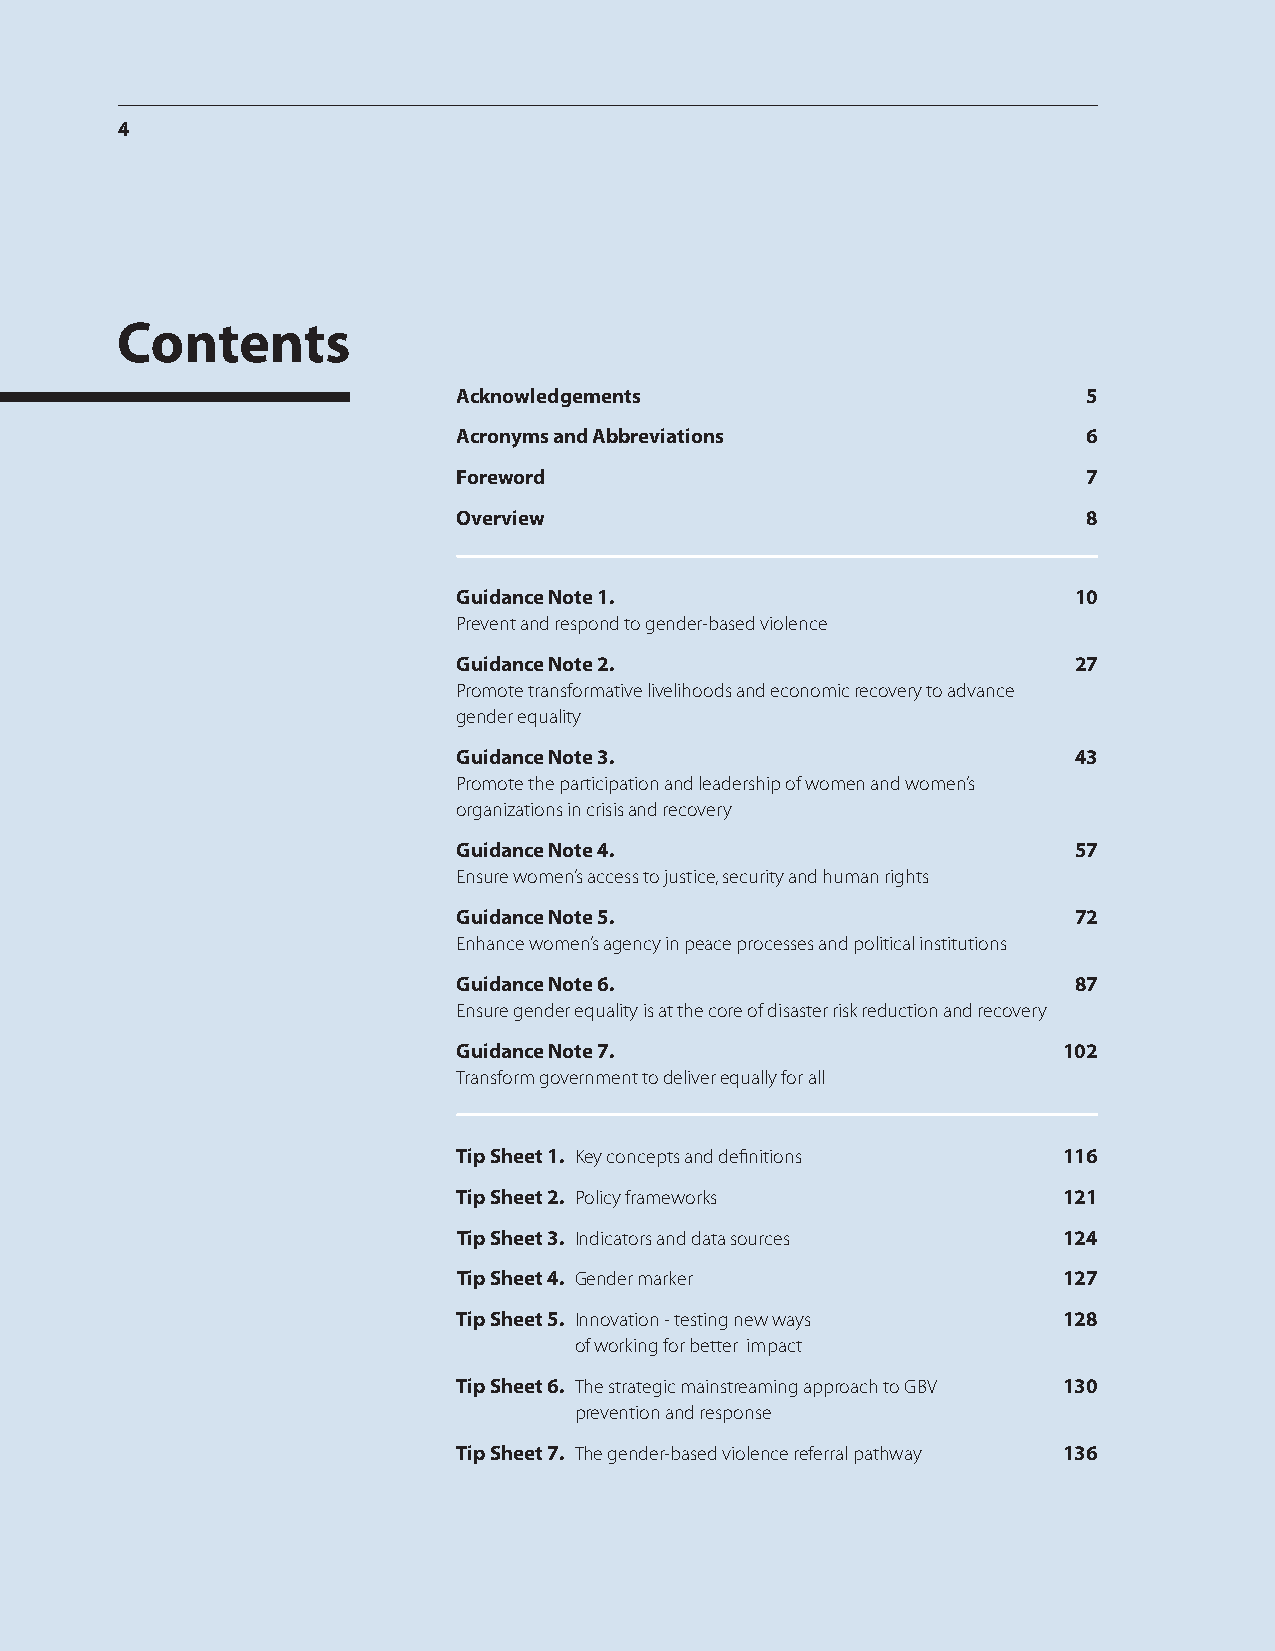
4
 Contents
 Acknowledgements                          5
 Acronyms and Abbreviations                6
 Foreword                                  7
 Overview                                  8
 Guidance Note 1.                         10
 Prevent and respond to gender-based violence
 Guidance Note 2.                         27
 Promote transformative livelihoods and economic recovery to advance
 gender equality
 Guidance Note 3.                         43
 Promote the participation and leadership of women and women’s
 organizations in crisis and recovery
 Guidance Note 4.                         57
 Ensure women’s access to justice, security and human rights
 Guidance Note 5.                         72
 Enhance women’s agency in peace processes and political institutions
 Guidance Note 6.                         87
 Ensure gender equality is at the core of disaster risk reduction and recovery
 Guidance Note 7.                        102
 Transform government to deliver equally for all
 Tip Sheet 1. Key concepts and definitions 116
 Tip Sheet 2. Policy frameworks          121
 Tip Sheet 3. Indicators and data sources 124
 Tip Sheet 4. Gender marker              127
 Tip Sheet 5. Innovation - testing new ways 128
 of working for better impact
 Tip Sheet 6. The strategic mainstreaming approach to GBV 130
 prevention and response
 Tip Sheet 7. The gender-based violence referral pathway 136